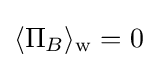
\langle \Pi _{B}\rangle _{\rm {w}}=0